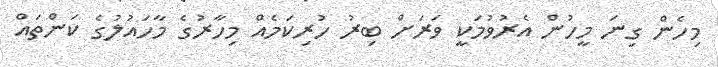
މިހެން ގިނަ މީހުން އެރުވުމަކީ ވަރަށް ބިރު ހުރިކަމެއް މިހާރުގެ މާހައުލުގެ ކަންތައް